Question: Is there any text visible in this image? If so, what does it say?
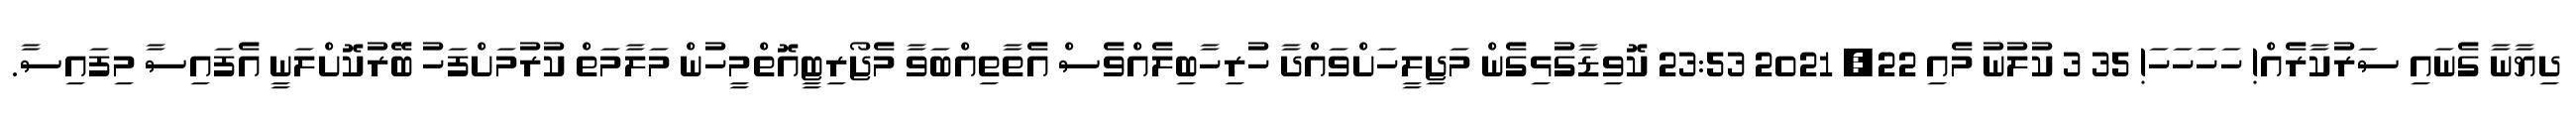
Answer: ދިޔާނާ ގެނައި ސަރުކާރެއް! ހަހަހަހަ! 35 3 ކުލުނު މެއި 22, 2021 23:53 ކޮވިޑާގުޅިގެން މަޖިލީހަށްވައްދާ ހުރިހާބިލެއްވެސް އެތާތިއްބަވާ މެޖޯރިޓީއޮތްމީހުން މަލާމަތް ކުރުމަށްފަހު ބޭރުކޮށްލަނީ އެފައިސާ މިފައިސާ.